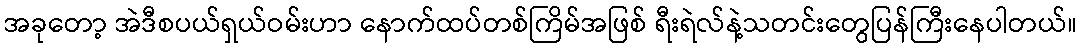
အခုတော့ အဲဒီစပယ်ရှယ်ဝမ်းဟာ နောက်ထပ်တစ်ကြိမ်အဖြစ် ရီးရဲလ်နဲ့သတင်းတွေပြန်ကြီးနေပါတယ်။